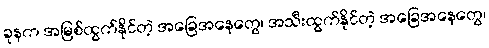
ခုနက အမြစ်ထွက်နိုင်တဲ့ အခြေအနေတွေ၊ အသီးထွက်နိုင်တဲ့ အခြေအနေတွေ၊